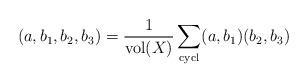
LaTeX: \begin{align*}(a, b_1, b_2, b_3) = \frac{1}{\mathrm{vol}(X)}\sum_{\mathrm{cycl}}(a,b_1)(b_2,b_3)\end{align*}